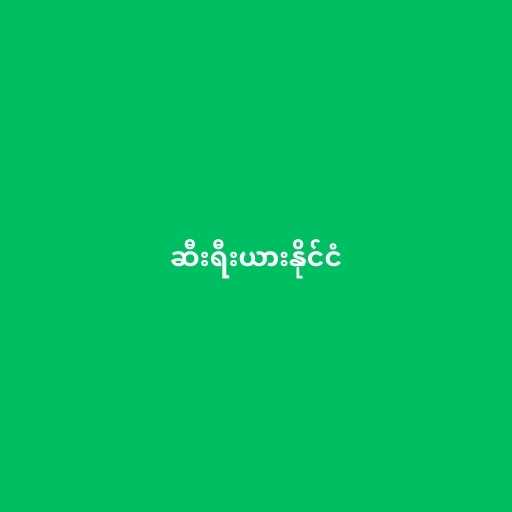
ဆီးရီးယားနိုင်ငံ